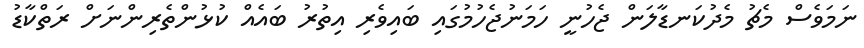
ނަމަވެސް މެޗު މެދުކަނޑާލަން ޖެހުނީ ހަމަނުޖެހުމުގައި ބައިވެރި އިތުރު ބައެއް ކުޅުންތެރިންނަށް ރަތްކާޑު